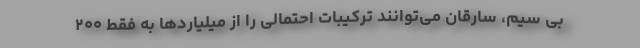
بی سیم، سارقان می‌توانند ترکیبات احتمالی را از میلیاردها به فقط ۲۰۰